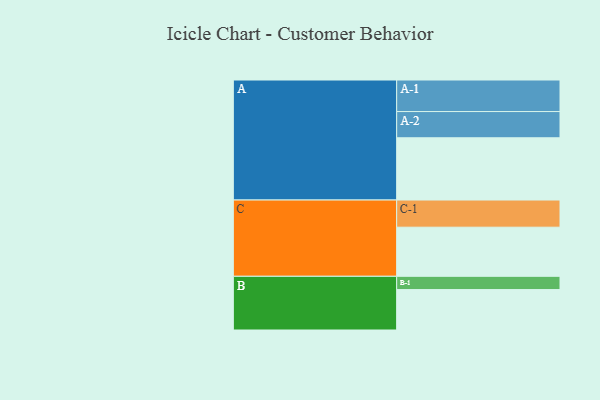
{"axis": {"x": "Segment", "y": "Value"}, "legend": ["", "A", "B", "C"], "data": [{"x": "A", "y": 582, "type": ""}, {"x": "B", "y": 378, "type": ""}, {"x": "C", "y": 459, "type": ""}, {"x": "A-1", "y": 295, "type": "A"}, {"x": "A-2", "y": 245, "type": "A"}, {"x": "B-1", "y": 124, "type": "B"}, {"x": "C-1", "y": 254, "type": "C"}]}